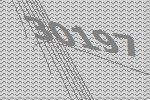
30197